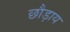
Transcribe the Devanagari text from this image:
छौड़ाय